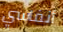
أنفاسي